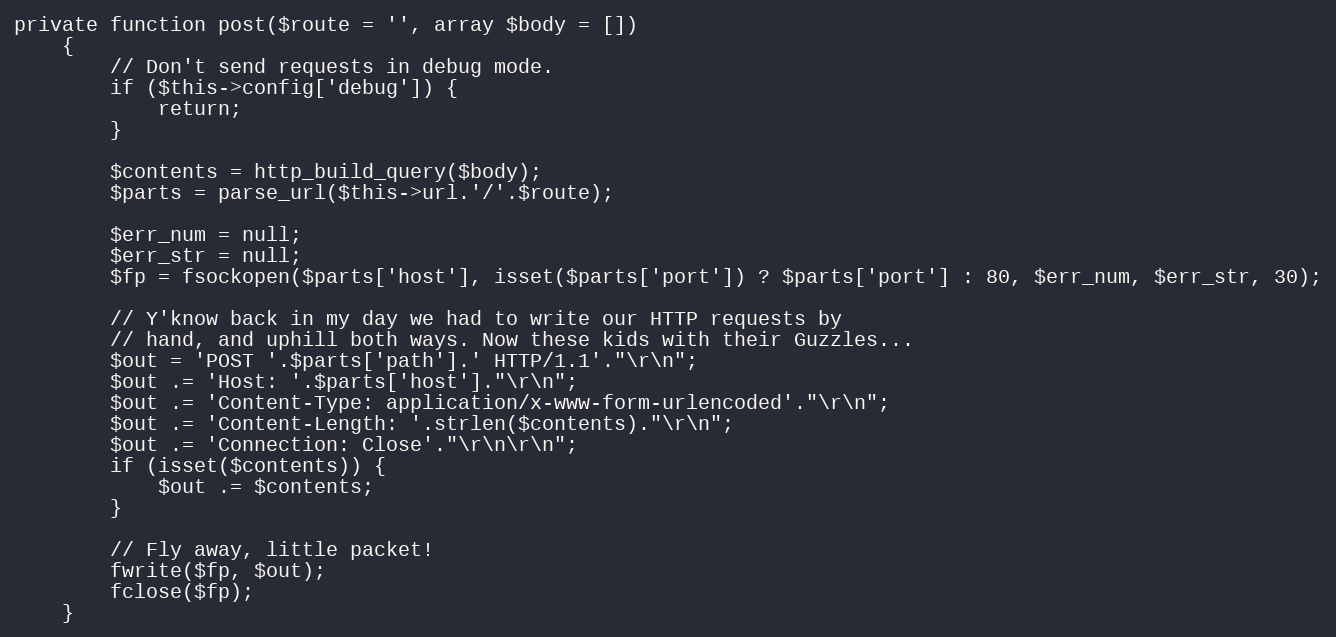
Language: PHP
private function post($route = '', array $body = [])
    {
        // Don't send requests in debug mode.
        if ($this->config['debug']) {
            return;
        }

        $contents = http_build_query($body);
        $parts = parse_url($this->url.'/'.$route);

        $err_num = null;
        $err_str = null;
        $fp = fsockopen($parts['host'], isset($parts['port']) ? $parts['port'] : 80, $err_num, $err_str, 30);

        // Y'know back in my day we had to write our HTTP requests by
        // hand, and uphill both ways. Now these kids with their Guzzles...
        $out = 'POST '.$parts['path'].' HTTP/1.1'."\r\n";
        $out .= 'Host: '.$parts['host']."\r\n";
        $out .= 'Content-Type: application/x-www-form-urlencoded'."\r\n";
        $out .= 'Content-Length: '.strlen($contents)."\r\n";
        $out .= 'Connection: Close'."\r\n\r\n";
        if (isset($contents)) {
            $out .= $contents;
        }

        // Fly away, little packet!
        fwrite($fp, $out);
        fclose($fp);
    }